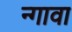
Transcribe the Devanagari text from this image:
न्गावा